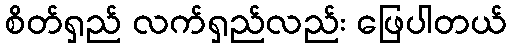
စိတ်ရှည် လက်ရှည်လည်း ဖြေပါတယ်